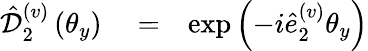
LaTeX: \begin{array}{rlr}{\hat{\mathcal D}_{2}^{(v)}\left(\theta_{y}\right)}&{{}=}&{\exp\left(-i\hat{e}_{2}^{(v)}\theta_{y}\right)}\end{array}